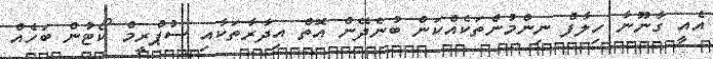
އެއީ ގާނޫނާ ހިލާފް ނިންމުންތަކެއްކަން ބުނެދޭން އޮތް އިދާރާތަކާއި ސުޕްރީމް ކޯޓުން ބަހެއް